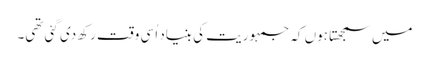
میں سمجھتا ہوں کہ جمہوریت کی بنیاد اُسی وقت رکھ دی گئی تھی۔